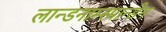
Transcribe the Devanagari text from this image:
लान्डनाम्स्मान्डेन